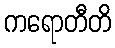
ကရောတီတိ